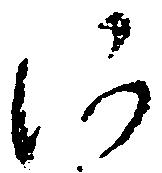
河